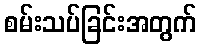
စမ်းသပ်ခြင်းအတွက်